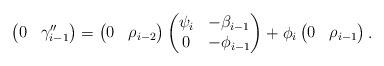
LaTeX: \begin{align*}\begin{pmatrix}0 & \gamma''_{i-1}\end{pmatrix}= \begin{pmatrix}0 & \rho_{i-2}\end{pmatrix}\begin{pmatrix}\psi_i & -\beta_{i-1}\\0 & -\phi_{i-1} \\\end{pmatrix}+ \phi_{i}\begin{pmatrix}0 & \rho_{i-1}\end{pmatrix}.\end{align*}